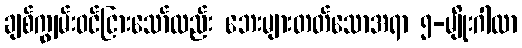
ချစ်ကျွမ်းဝင်ငြားသော်လည်း ဘေးများတတ်သောအရာ ၅-မျိုးဂါထာ